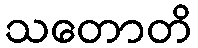
သတောတိ